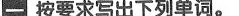
按要求写出下列单词。